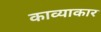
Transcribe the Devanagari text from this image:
काव्याकार